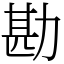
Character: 勘